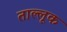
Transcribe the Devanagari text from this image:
ताल्लूक